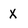
Character: X